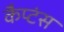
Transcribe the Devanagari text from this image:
कैप्‍टंस